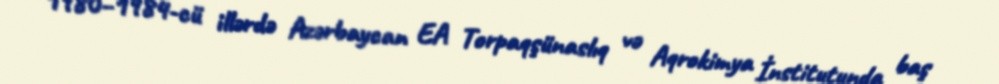
1980–1984-cü illərdə Azərbaycan EA Torpaqşünaslıq və Aqrokimya İnstitutunda baş